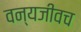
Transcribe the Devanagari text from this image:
वन्यजीवच